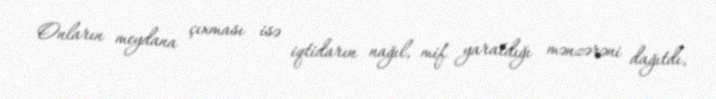
Onların meydana çıxması isə iqtidarın nağıl, mif yaratdığı mənzərəni dağıtdı,